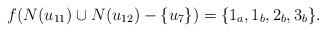
LaTeX: \begin{align*} f(N(u_{11}) \cup N(u_{12})-\{u_7\})=\{1_a,1_b,2_b,3_b\}.\end{align*}